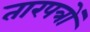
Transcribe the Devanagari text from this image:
तारपत्रों